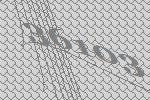
36103